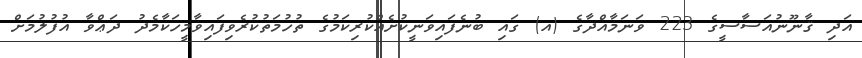
އަދި ޤާނޫނުއަސާސީގެ 223 ވަނަމާއްދާގެ (އ) ގައި ބުނެފައިވަނީކުށެއްކުރިކަމުގެ ތުހުމަތުކުރެވިފައިވާމީހަކާމެދު ދަޢްވާ އުފުލުމަށް